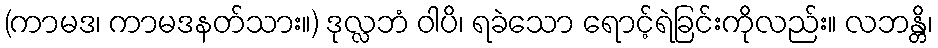
(ကာမဒ၊ ကာမဒနတ်သား။) ဒုလ္လဘံ ဝါပိ၊ ရခဲသော ရောင့်ရဲခြင်းကိုလည်း။ လဘန္တိ၊